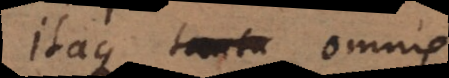
Itaque tantu omnis